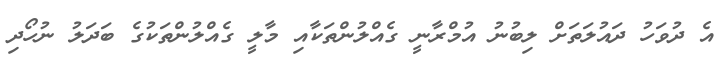
އެ ދުވަހު ދައުލަތަށް ލިބުނު އުމްރާނީ ގެއްލުންތަކާއި މާލީ ގެއްލުންތަކުގެ ބަދަލު ނުހޯދި